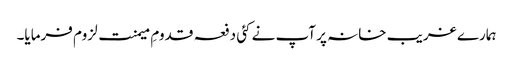
ہمارے غریب خانہ پر آپ نے کئی دفعہ قدومِ میمنت لزوم فرمایا۔